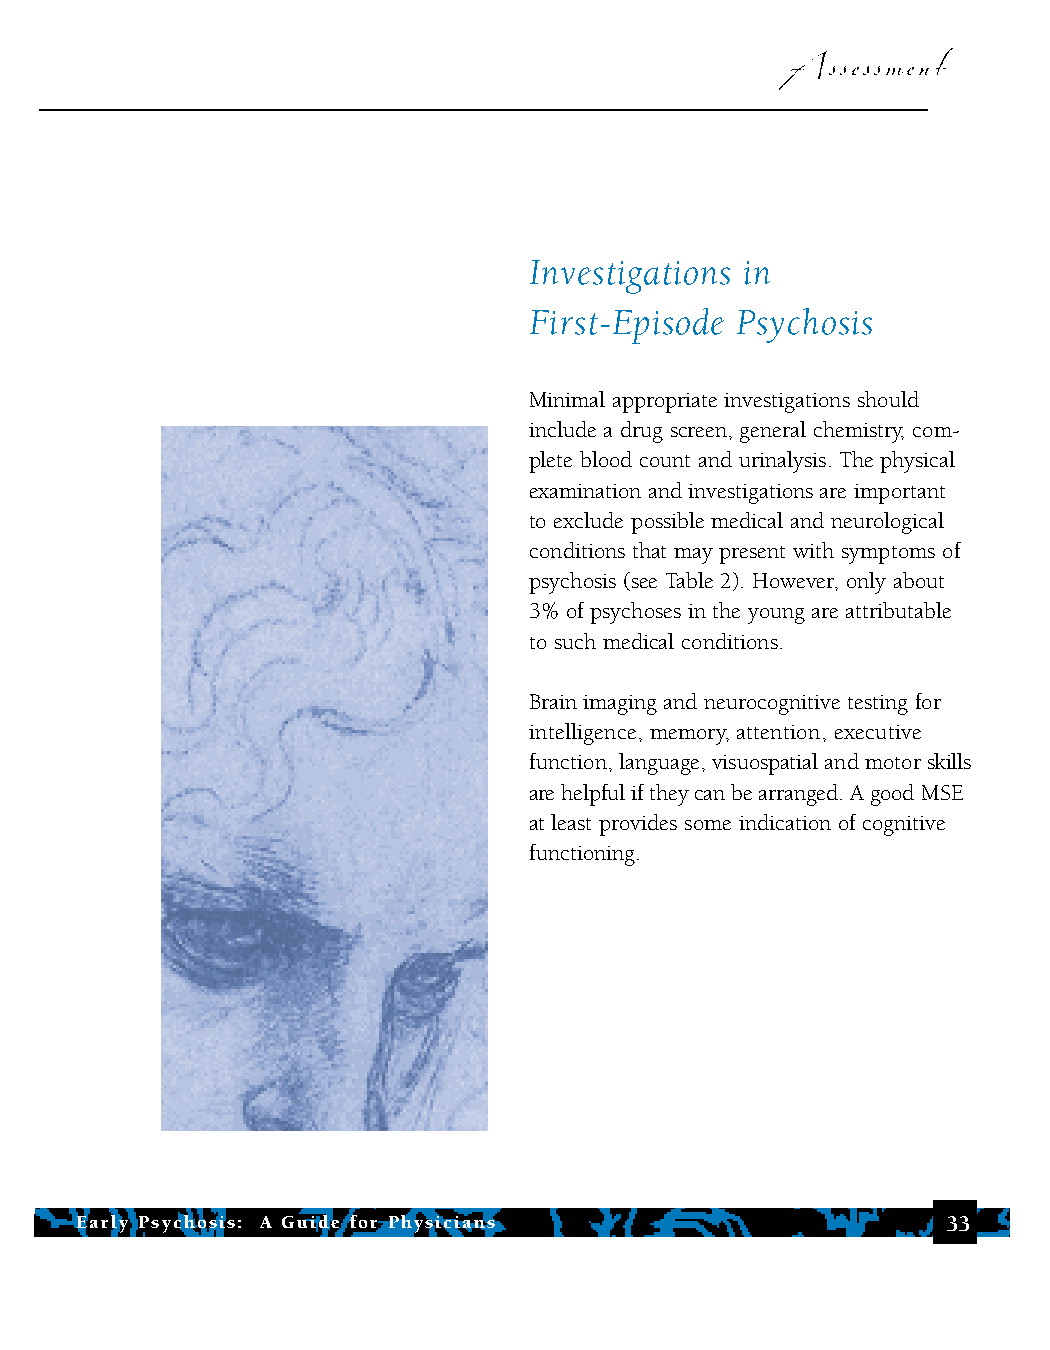
Assessment
 Investigations in
 First-Episode Psychosis
 Minimal appropriate investigations should
 include a drug screen, general chemistry, com-
 plete blood count and urinalysis. The physical
 examination and investigations are important
 to exclude possible medical and neurological
 conditions that may present with symptoms of
 psychosis (see Table 2). However, only about
 3% of psychoses in the young are attributable
 to such medical conditions.
 Brain imaging and neurocognitive testing for
 intelligence, memory, attention, executive
 function, language, visuospatial and motor skills
 are helpful if they can be arranged. A good MSE
 at least provides some indication of cognitive
 functioning.
 Early Psychosis: A Guide for Physicians                   33